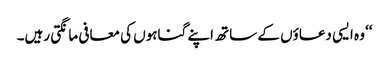
‘‘ وہ ایسی دعاؤں کے ساتھ اپنے گناہوں کی معافی مانگتی رہیں۔